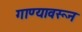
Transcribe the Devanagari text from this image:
गाण्यावरून